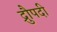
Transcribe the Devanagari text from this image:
द्रुौपदी